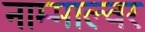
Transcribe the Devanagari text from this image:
नाम्माल्वर